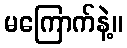
မကြောက်နဲ့။